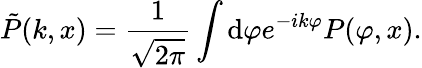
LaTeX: \tilde{P}(k,x)=\frac{1}{\sqrt{2\pi}}\int\mathrm{d}\varphi e^{-ik\varphi}P(\varphi,x).